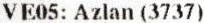
VE05: AZLAN (3737)